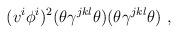
LaTeX: \begin{align*}(v^i \phi^i )^2(\theta \gamma^{jkl} \theta ) (\theta \gamma^{jkl} \theta ) ~ ,\end{align*}